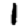
Digit: 1